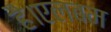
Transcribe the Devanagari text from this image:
है।एलबम